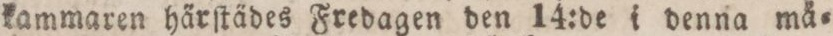
kammaren härſtädes Fredagen den 14:de i denna mä=